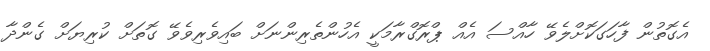
އެގޮތުން ފާހަގަކޮށްލެވޭ ހާއްސަ އެއް ޕްރޮގްރާމަކީ އެހުންތެރިންނަށް ބައިވެރިވެވޭ ގޮތަށް ކުރިޔަށް ގެންދާ